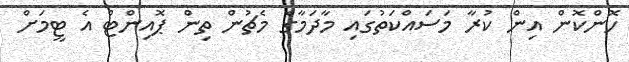
ހޮންކޮން އިން ކުރާ މަސައްކަތުގައި މާދަމާގެ މެޗުން ތިން ޕޮއިންޓް އެ ޓީމަށް